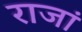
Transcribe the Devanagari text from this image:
राजां